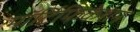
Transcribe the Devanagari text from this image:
मॉर्टिफिकेशन